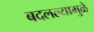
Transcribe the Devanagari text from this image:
बदलल्यामुळे